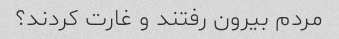
مردم بیرون رفتند و غارت کردند؟